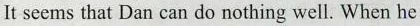
It seems that Dan can do nothing well. When he